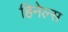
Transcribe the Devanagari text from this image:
हिनेल्स